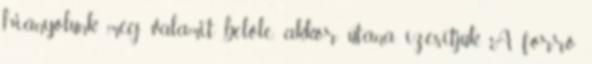
hiányolunk még valamit belőle, akkor utána ízesítjük. A forró